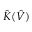
\hat { K } ( \hat { V } )